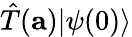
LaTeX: {\hat{T}}(\mathbf{a})|\psi(0)\rangle